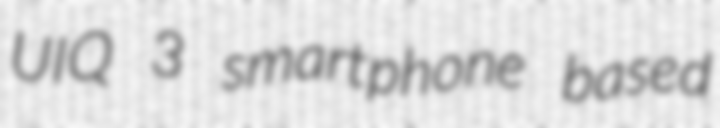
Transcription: UIQ 3 smartphone based